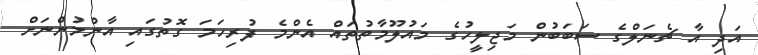
އަދި އާ ޗެނަލްގެ ސަބަބުން މަޖިލީހުގެ މައުލޫމާތުތައް އެންމެ ފުރިހަމަ ގޮތުގައި އާންމުންނަށް